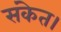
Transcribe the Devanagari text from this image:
संकेत।